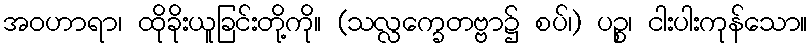
အဝဟာရာ၊ ထိုခိုးယူခြင်းတို့ကို။ (သလ္လက္ခေတဗ္ဗာ၌ စပ်၊) ပဉ္စ၊ ငါးပါးကုန်သော။